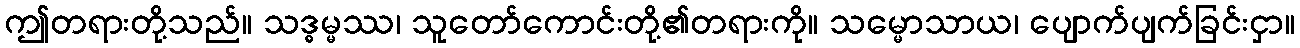
ဤတရားတို့သည်။ သဒ္ဓမ္မဿ၊ သူတော်ကောင်းတို့၏တရားကို။ သမ္မောသာယ၊ ပျောက်ပျက်ခြင်းငှာ။